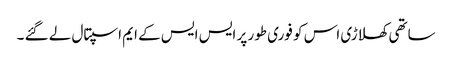
ساتھی کھلاڑی اس کو فوری طور پر ایس ایس کے ایم اسپتال لے گئے ۔